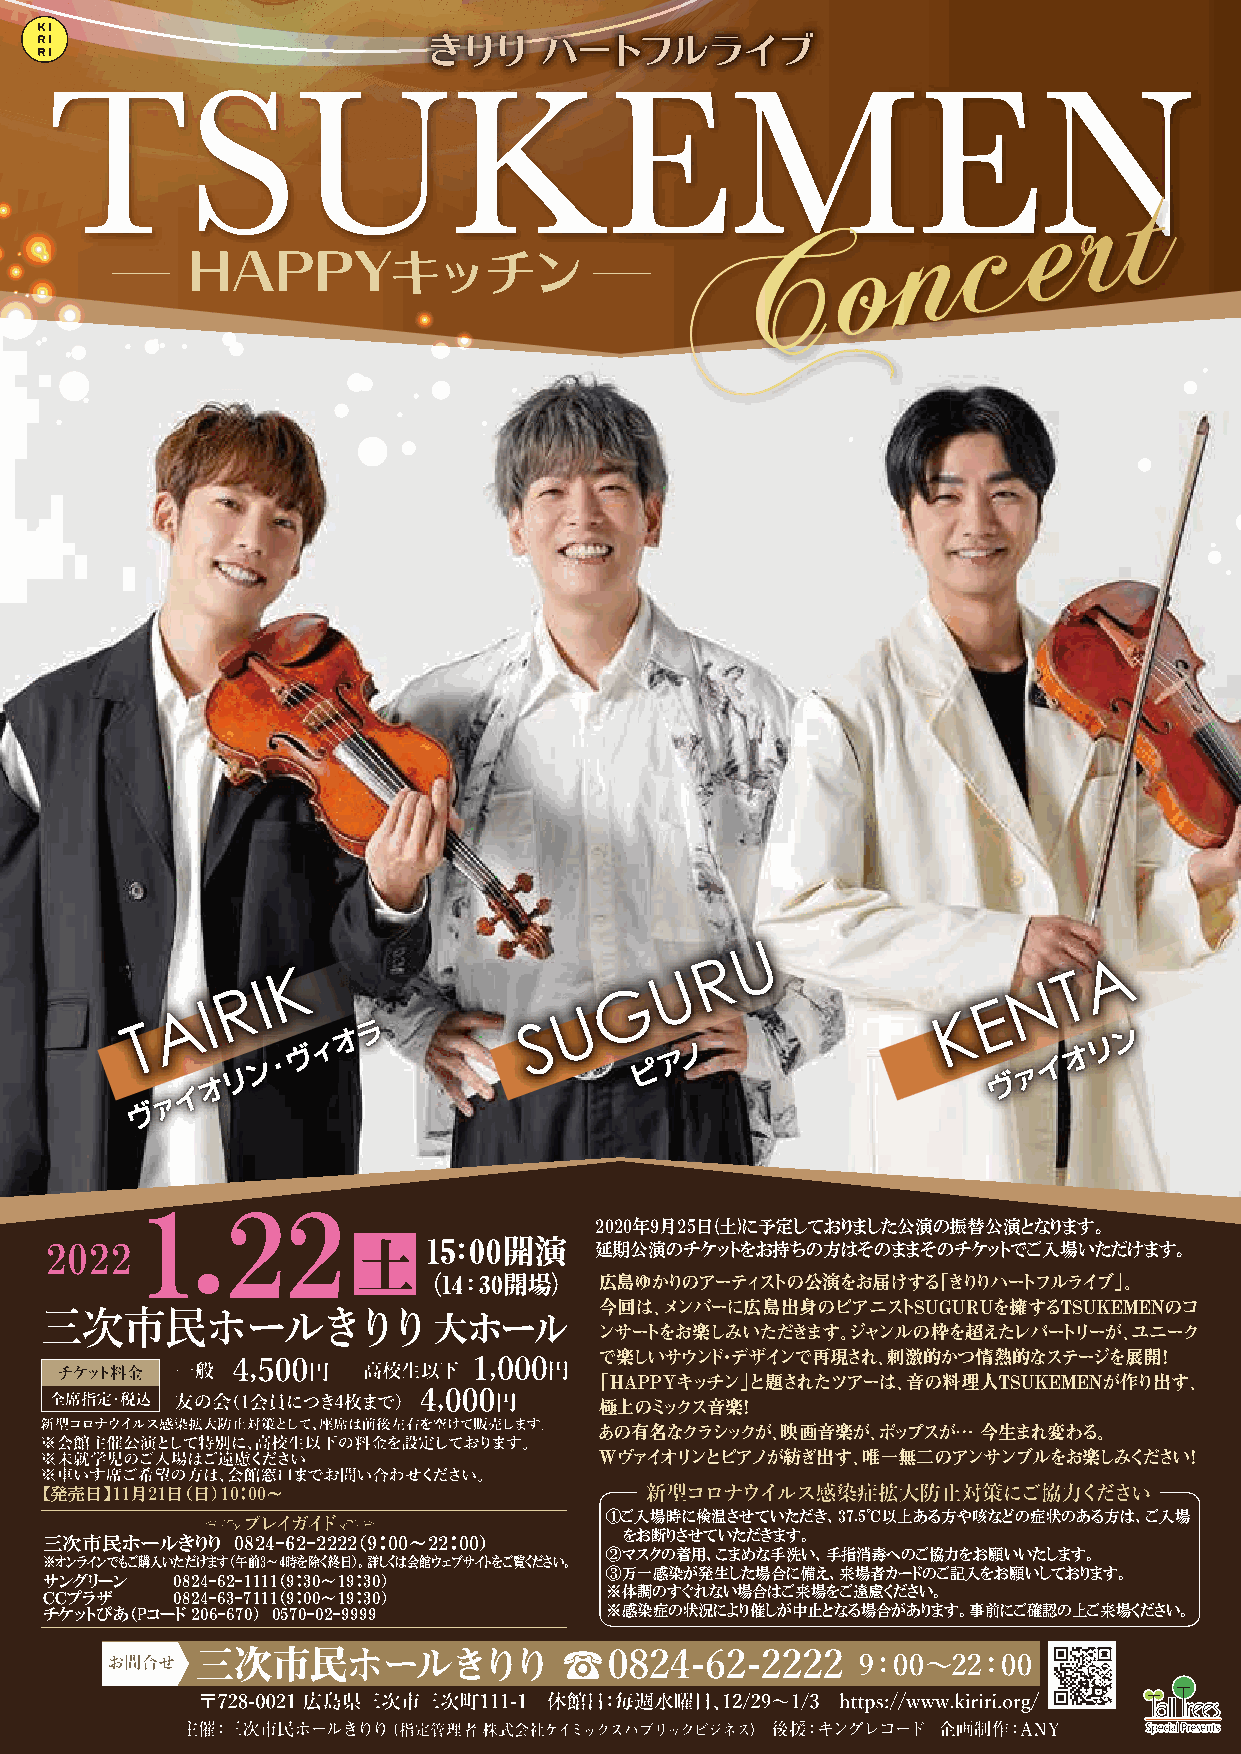
1.22
 2020年9月25日(土)に予定しておりました公演の振替公演となります。
 2022                 土土             延期公演のチケットをお持ちの方はそのままそのチケットでご入場いただけます。
 広島ゆかりのアーティストの公演をお届けする「きりりハートフルライブ」。
 今回は、メンバーに広島出身のピアニストSUGURUを擁するTSUKEMENのコ
 大ホール
 ンサートをお楽しみいただきます。ジャンルの枠を超えたレパートリーが、ユニーク
 で楽しいサウンド・デザインで再現され、刺激的かつ情熱的なステージを展開！
 「HAPPYキッチン」と題されたツアーは、音の料理人TSUKEMENが作り出す、
 極上のミックス音楽！
 あの有名なクラシックが、映画音楽が、ポップスが… 今生まれ変わる。
 Wヴァイオリンとピアノが紡ぎ出す、唯一無二のアンサンブルをお楽しみください！
 【発売日】11月21日（日）10：00～
 ①ご入場時に検温させていただき、37.5℃以上ある方や咳などの症状のある方は、ご入場
 をお断りさせていただきます。
 三次市民ホールきりり  0824-62-2222（9：00～22：00）
 ②マスクの着用、こまめな手洗い、手指消毒へのご協力をお願いいたします。
 ※オンラインでもご購入いただけます（午前3～4時を除く終日）。詳しくは会館ウェブサイトをご覧ください。
 ③万一感染が発生した場合に備え、来場者カードのご記入をお願いしております。
 サングリーン   0824-62-1111（9：30～19：30）
 ＣＣプラザ    0824-63-7111（9：00～19：30）    ※体調のすぐれない場合はご来場をご遠慮ください。
 チケットぴあ（Pコード 206-670） 0570-02-9999    ※感染症の状況により催しが中止となる場合があります。事前にご確認の上ご来場ください。